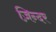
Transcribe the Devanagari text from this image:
ज़िन्दर